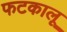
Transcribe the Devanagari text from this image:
फटकालू